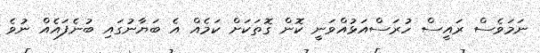
ނަމަވެސް ރައީސް ހުރަސްއަޅުއްވަނީ ކޮން ގޮތަކަށް ކަމެއް އެ ބަޔާނުގައި ބުނެފައެއް ނުވެ